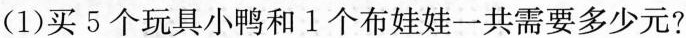
(1)买5个玩具小鸭和1个布娃娃一共需要多少元?